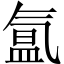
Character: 氲